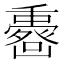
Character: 𠚟